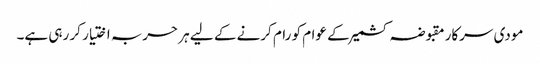
مودی سرکار مقبوضہ کشمیر کے عوام کو رام کرنے کے لیے ہر حربہ اختیار کر رہی ہے۔